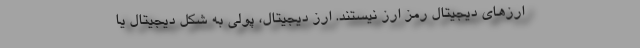
ارزهای دیجیتال رمز ارز نیستند. ارز دیجیتال، پولی به شکل دیجیتال یا